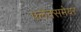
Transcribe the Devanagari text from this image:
फ्लेक्समेयर